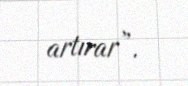
artırar”.